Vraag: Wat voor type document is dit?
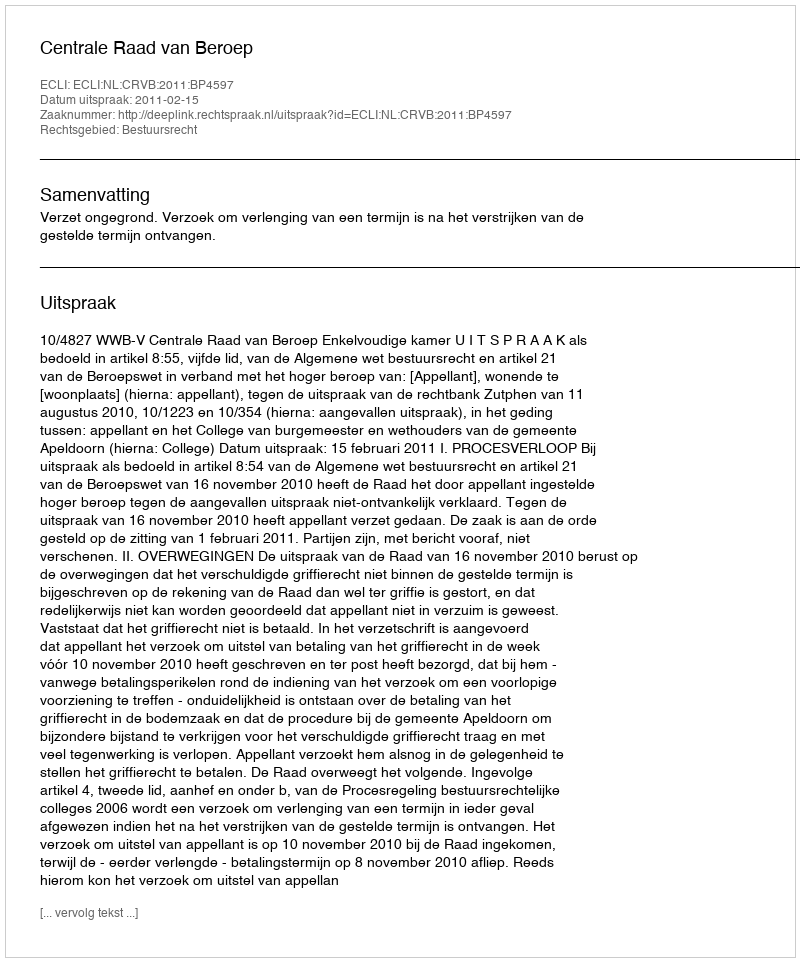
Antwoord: Uitspraak